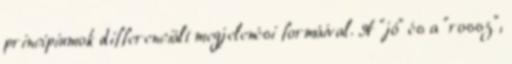
princípiumok differenciált megjelenési formáival. A "jó" és a "rossz",